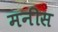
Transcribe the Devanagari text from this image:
मनीस